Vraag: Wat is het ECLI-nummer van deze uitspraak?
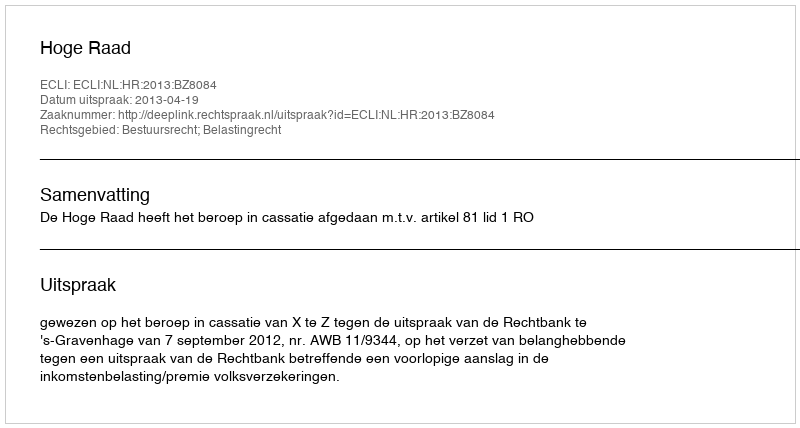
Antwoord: ECLI:NL:HR:2013:BZ8084